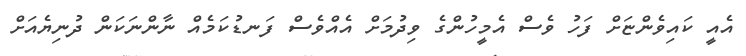
އެއީ ކައިވެންޏަށް ފަހު ވެސް އެމީހުންގެ ވިދުމަށް އެއްވެސް ފަނޑުކަމެއް ނާންނަކަން ދުނިޔެއަށް